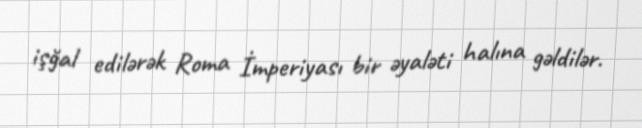
işğal edilərək Roma İmperiyası bir əyaləti halına gəldilər.